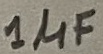
Text: 1µF